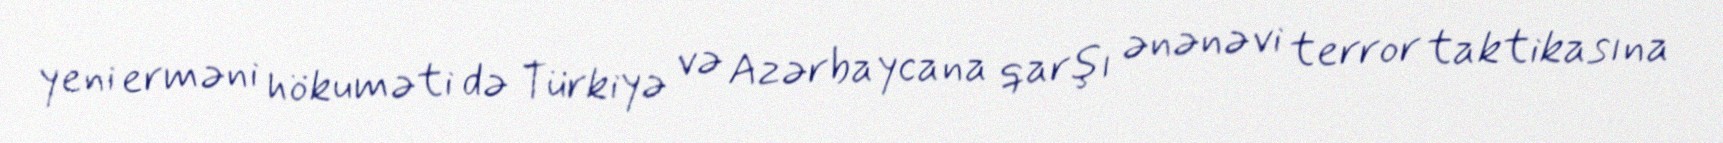
yeni erməni hökuməti də Türkiyə və Azərbaycana qarşı ənənəvi terror taktikasına